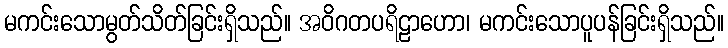
မကင်းသောမွတ်သိတ်ခြင်းရှိသည်။ အဝိဂတပရိဠာဟော၊ မကင်းသောပူပန်ခြင်းရှိသည်။